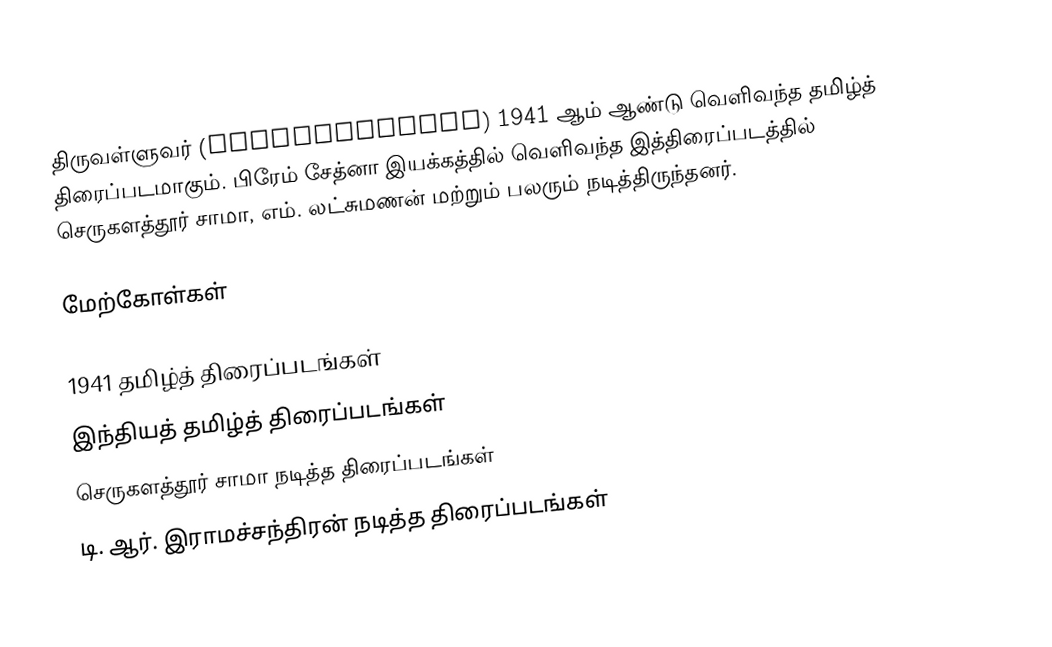
திருவள்ளுவர் (Thiruvalluvar) 1941 ஆம் ஆண்டு வெளிவந்த தமிழ்த் திரைப்படமாகும். பிரேம் சேத்னா இயக்கத்தில் வெளிவந்த இத்திரைப்படத்தில் செருகளத்தூர் சாமா, எம். லட்சுமணன் மற்றும் பலரும் நடித்திருந்தனர்.

மேற்கோள்கள்

1941 தமிழ்த் திரைப்படங்கள்
இந்தியத் தமிழ்த் திரைப்படங்கள்
செருகளத்தூர் சாமா நடித்த திரைப்படங்கள்
டி. ஆர். இராமச்சந்திரன் நடித்த திரைப்படங்கள்